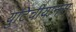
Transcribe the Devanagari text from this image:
युटिचीयानस